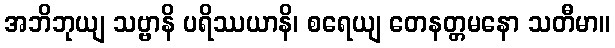
အဘိဘုယျ သဗ္ဗာနိ ပရိဿယာနိ၊ စရေယျ တေနတ္တမနော သတီမာ။